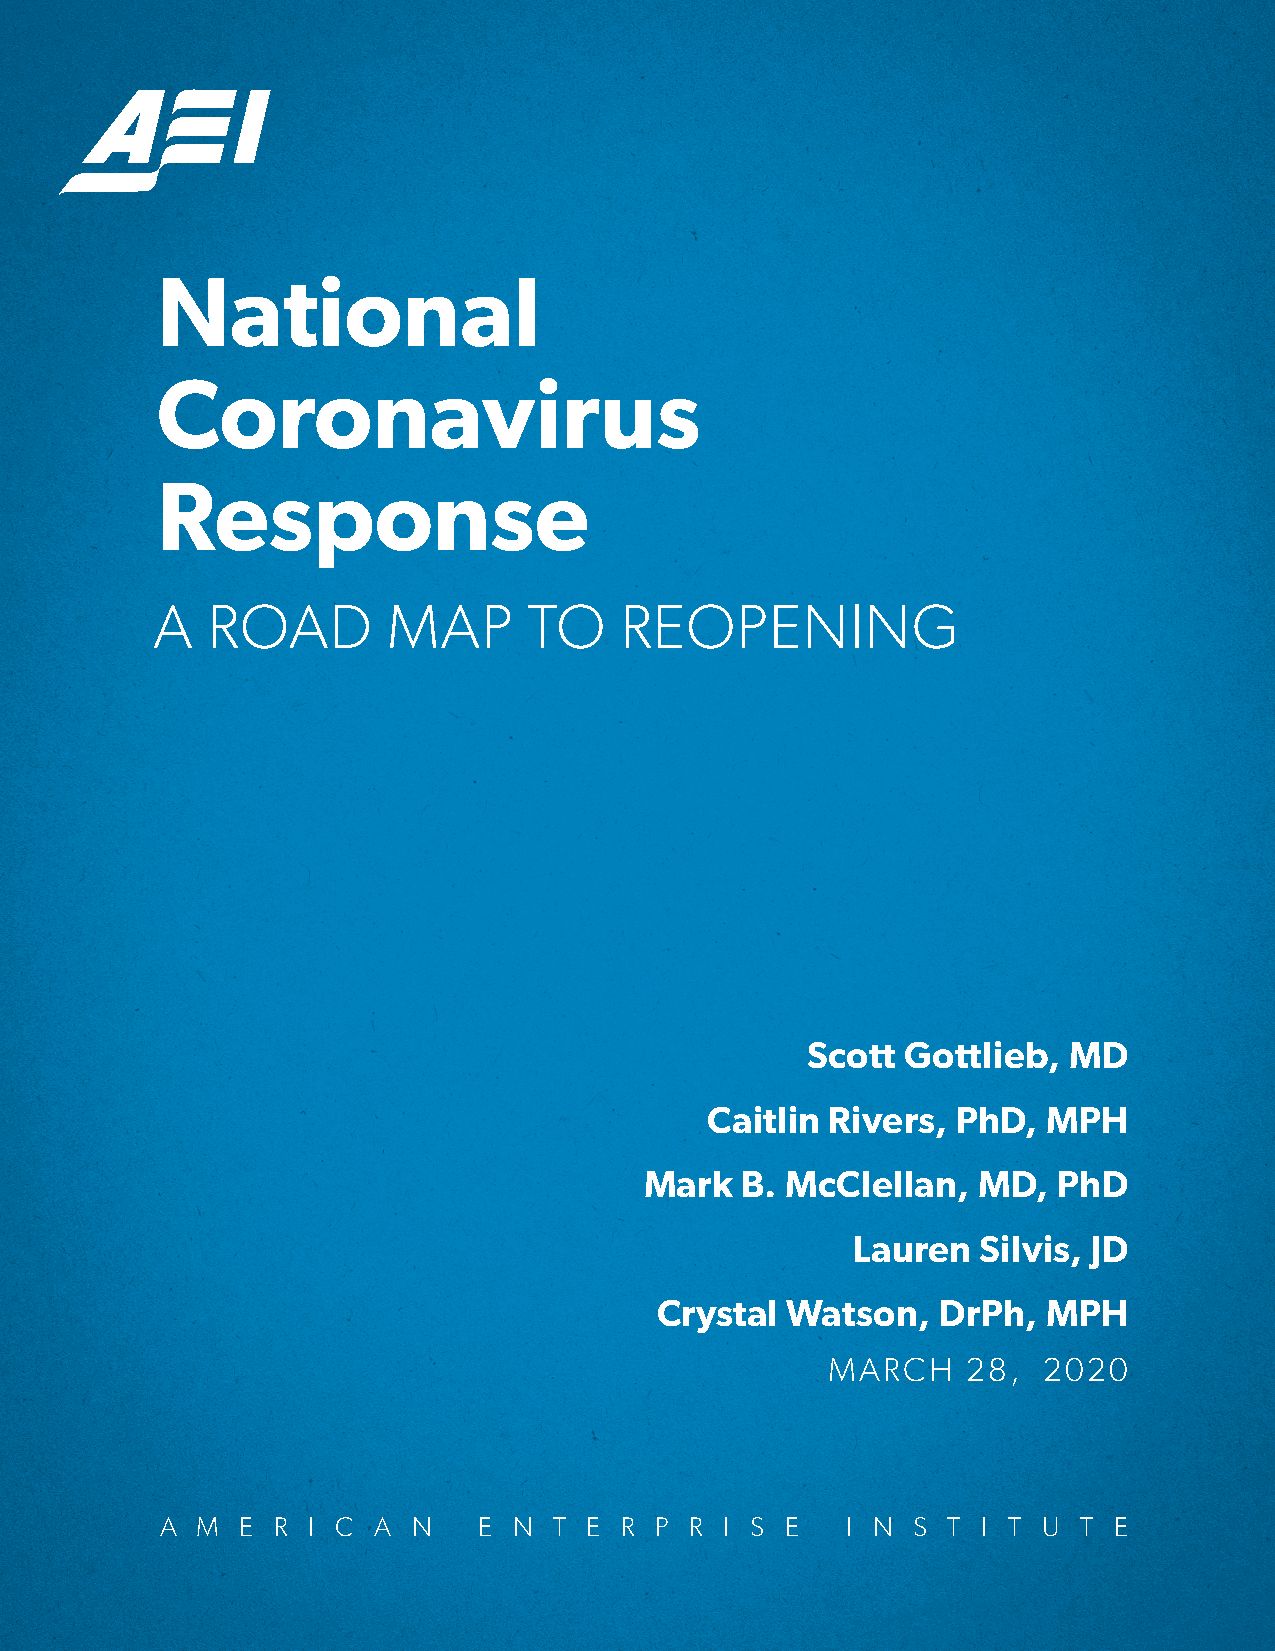
National
 Coronavirus
 Response
 A   ROAD        MAP      TO    REOPENING
 Scott  Gottlieb,  MD
 Caitlin Rivers, PhD,  MPH
 Mark  B. McClellan,   MD,  PhD
 Lauren   Silvis, JD
 Crystal  Watson,   DrPh,  MPH
 MARCH    28,  2020
 A M  E R I C  A N    E N  T E R P  R I S E   I N S  T I T U  T E